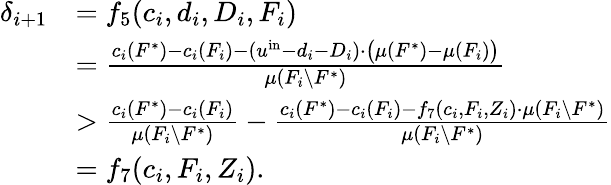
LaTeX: \begin{array}{rl}{\delta_{i+1}}&{=f_{5}(c_{i},d_{i},D_{i},F_{i})}\\ {}&{=\frac{c_{i}(F^{*})-c_{i}(F_{i})-(u^{\mathrm{in}}-d_{i}-D_{i})\cdot\big(\mu(F^{*})-\mu(F_{i})\big)}{\mu(F_{i}\setminus F^{*})}}\\ {}&{>\frac{c_{i}(F^{*})-c_{i}(F_{i})}{\mu(F_{i}\setminus F^{*})}-\frac{c_{i}(F^{*})-c_{i}(F_{i})-f_{7}(c_{i},F_{i},Z_{i})\cdot\mu(F_{i}\setminus F^{*})}{\mu(F_{i}\setminus F^{*})}}\\ {}&{=f_{7}(c_{i},F_{i},Z_{i}).}\end{array}